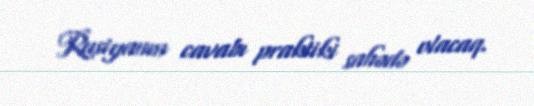
Rusiyanın cavabı praktiki sahədə olacaq.